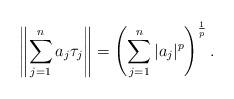
LaTeX: \begin{align*}\left\|\sum_{j=1}^na_j\tau_j \right\|=\left(\sum_{j=1}^n|a_j|^p\right)^\frac{1}{p}.\end{align*}